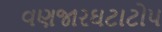
વણજારઘટાટોપ